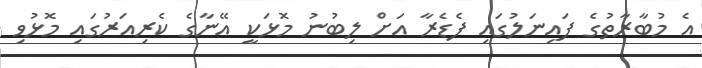
އެ މުބާރާތުގެ ފައިނަލުގައި ފެޑެރާ އަށް ލިބުނު މޮޅަކީ އޭނާގެ ކެރިއަރުގައި މޮޅުވި